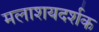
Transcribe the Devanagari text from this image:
मलाशयदर्शक